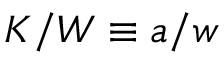
K / W \equiv a / w